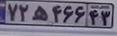
۷۲ه۴۶۶۴۳